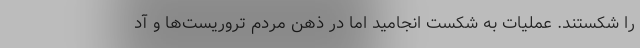
را شکستند. عملیات به شکست انجامید اما در ذهن مردم تروریست‌ها و آد